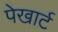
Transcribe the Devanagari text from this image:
पेखार्ट